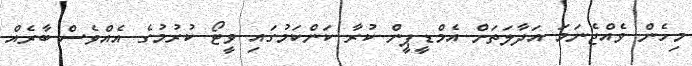
މިހެން ވެއްޖެނަމަ އަދާލަތަށް އެމްޑީޕީން ކުރާ ކަންކަމުގައި ވީޓޯ ކުރުމުގެ އެއްވެސް ބާރެއް